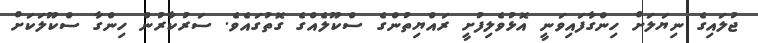
ޖުލައިގެ ނިޔަލަށް ހިންގާފައިވަނީ އޮޅުވެލިފުށީ ރައްޔިތުންގެ ސްކޫލެއްގެ ގޮތުގައެވެ. ސަރުކާރުން ހިންގާ ސްކޫލަކަށް